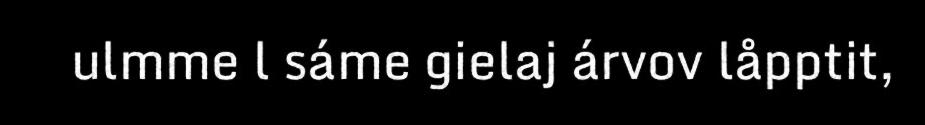
ulmme l sáme gielaj árvov låpptit,